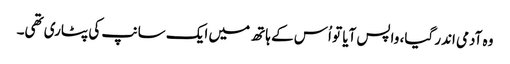
وہ آدمی اندر گیا، واپس آیا تو اُس کے ہاتھ میں ایک سانپ کی پٹاری تھی۔